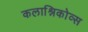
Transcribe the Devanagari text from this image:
कलाश्निकोव्स